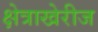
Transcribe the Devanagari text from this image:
क्षेत्राखेरीज